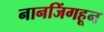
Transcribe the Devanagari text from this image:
नानजिंगहून